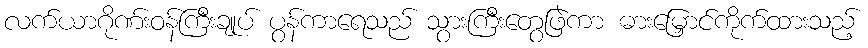
လက်ယာဂိုဏ်းဝန်ကြီးချုပ် ပွန်ကာရေသည် သွားကြီးတွေဖြဲကာ ဓားမြှောင်ကိုက်ထားသည့်